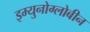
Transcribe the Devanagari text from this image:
इम्युनोग्लोबीन